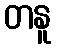
တနူ